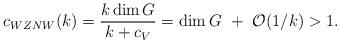
LaTeX: \begin{align*}c_{WZNW}(k)={k\dim G\over k+c_V}=\dim G~+~{\cal O}(1/k)>1.\end{align*}